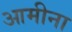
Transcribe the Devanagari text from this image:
आमीना